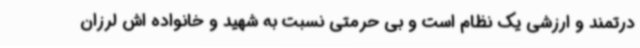
درتمند و ارزشی یک نظام است و بی حرمتی نسبت به شهید و خانواده اش لرزان